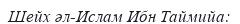
Шейх әл-Ислам Ибн Таймийа: